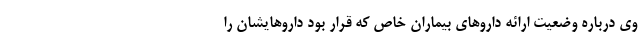
وی درباره وضعیت ارائه داروهای بیماران خاص که قرار بود داروهایشان را